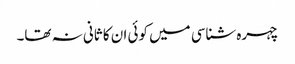
چہرہ شناسی میں کوئی ان کا ثانی نہ تھا۔